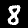
Label: 8